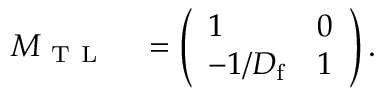
\begin{array} { r l } { M _ { \mathrm { ~ T ~ L ~ } } } & { { } = \left( \begin{array} { l l } { 1 } & { 0 } \\ { - 1 / D _ { \mathrm { f } } } & { 1 } \end{array} \right) . } \end{array}